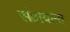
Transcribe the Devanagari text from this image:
संटायाना